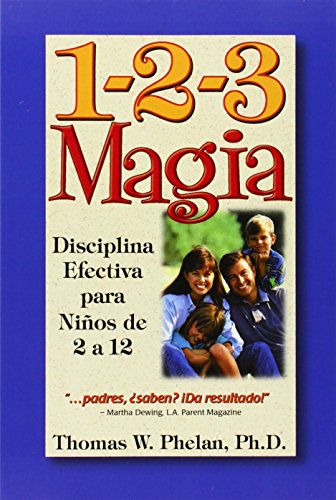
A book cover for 1-2-3 Magia: Disciplina Efectiva para NiÃ±os de 2 a 12 (Spanish Edition); Thomas W. Phelan  PhD; Parenting & Relationships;